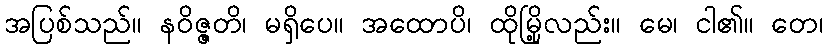
အပြစ်သည်။ နဝိဇ္ဇတိ၊ မရှိပေ။ အထောပိ၊ ထိုမြို့လည်း။ မေ၊ ငါ၏။ တေ၊